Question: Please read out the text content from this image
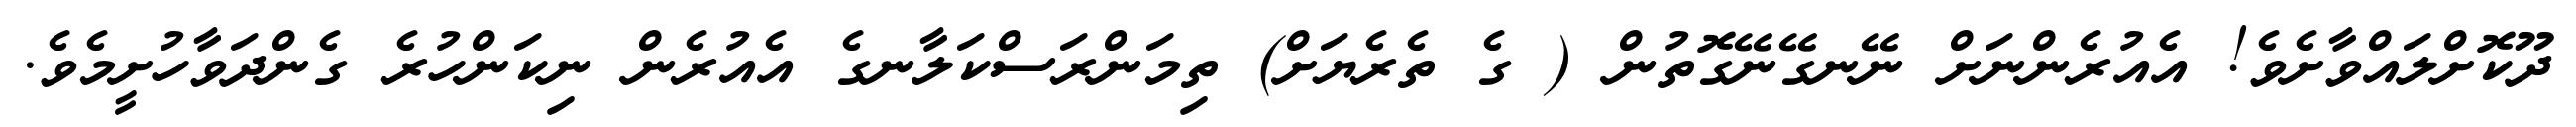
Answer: ދޫކޮށްލައްވާށެވެ! އެއުރެންނަށް ނޭނގޭނޭގޮތުން ( ގެ ތެރެޔަށް) ތިމަންރަސްކަލާނގެ އެއުރެން ނިކަންހުރެ ގެންދަވާހުށީމެވެ.